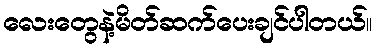
လေးတွေနဲ့မိတ်ဆက်ပေးချင်ပါတယ်။